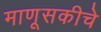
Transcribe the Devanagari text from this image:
माणूसकीचे